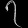
Digit: ၇